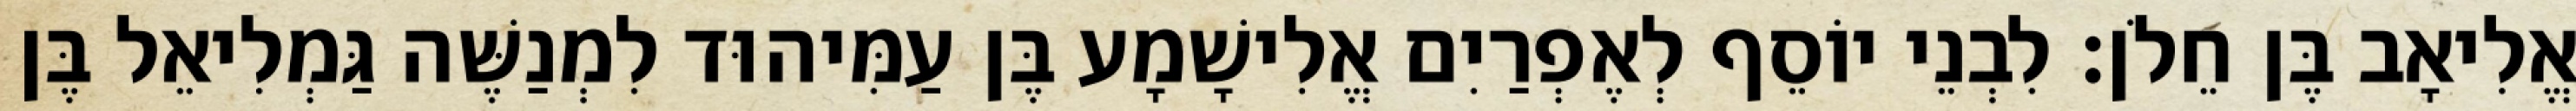
אֱלִיאָב בֶּן חֵלֹן׃ לִבְנֵי יוֹסֵף לְאֶפְרַיִם אֱלִישָׁמָע בֶּן עַמִּיהוּד לִמְנַשֶּׁה גַּמְלִיאֵל בֶּן